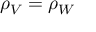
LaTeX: \rho _ { V } = \rho _ { W }